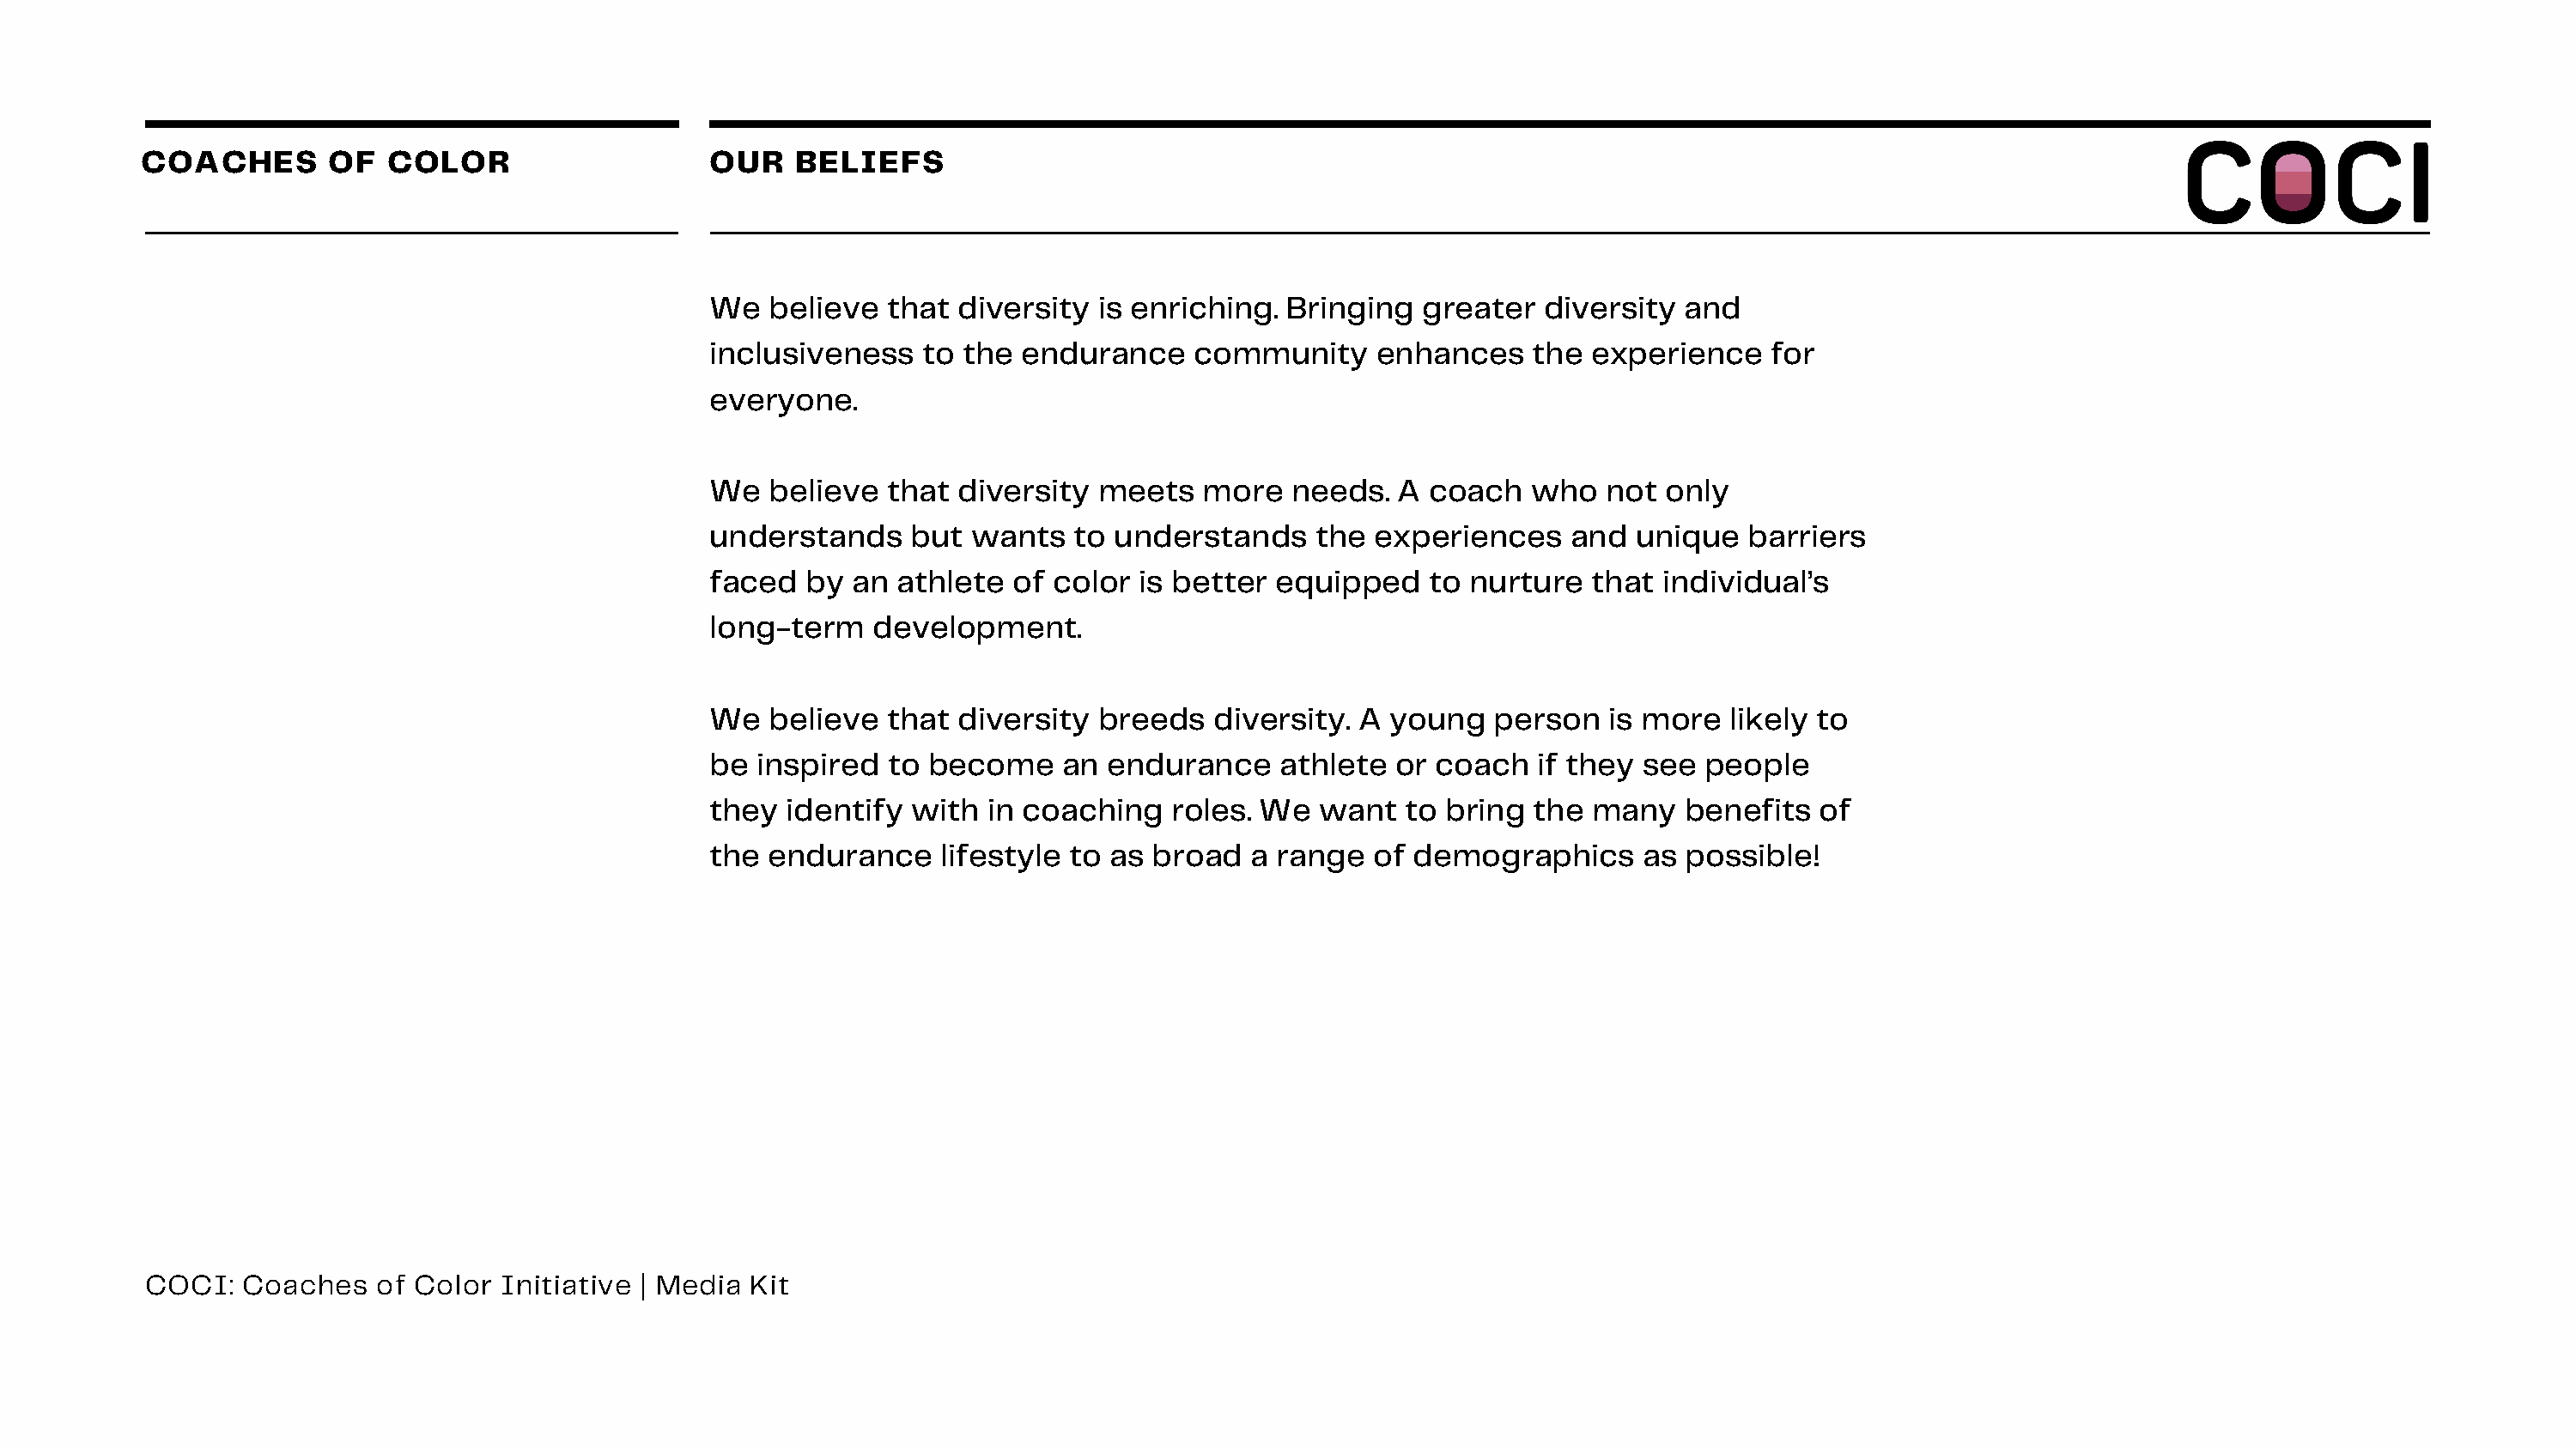
COACHES       OF   COLOR                    OUR   BELIEFS
 We  believe  that  diversity  is enriching. Bringing   greater  diversity  and
 inclusiveness   to the  endurance    community     enhances    the  experience    for
 everyone.
 We  believe  that  diversity  meets   more   needs.  A coach   who   not only
 understands    but  wants   to understands    the  experiences    and  unique   barriers
 faced  by  an athlete  of color  is better equipped    to nurture   that individual’s
 long-term   development.
 We  believe  that  diversity  breeds   diversity. A young   person   is more  likely to
 be inspired  to  become    an endurance     athlete  or coach   if they see people
 they  identify with  in coaching   roles. We   want  to bring  the  many   benefits  of
 the endurance     lifestyle to as broad  a range   of demographics      as possible!
 COCI:   Coaches   of Color  Initiative | Media Kit